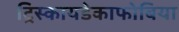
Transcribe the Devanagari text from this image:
ट्रिस्कायडेकाफोबिया